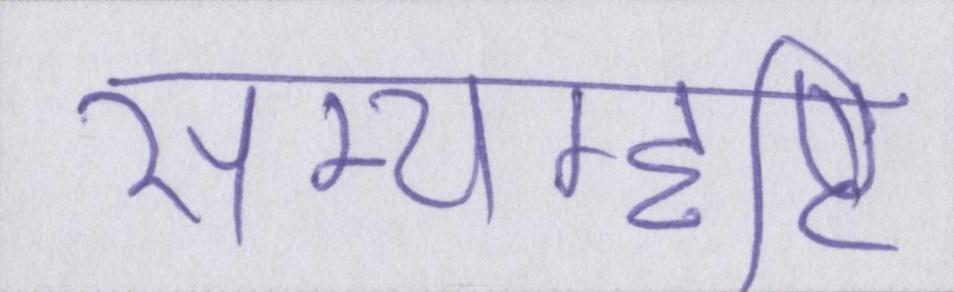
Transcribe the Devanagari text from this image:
सम्यग्दृष्टि